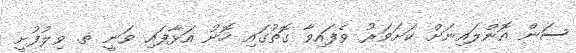
ސަން އޮންލައިނަށް ކަށަވަރު ވެފައިވާ ގޮތުގައި ހޮނު އަޅާފައި ވަނީ ތ. ވިލުފުށީ